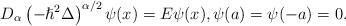
LaTeX: \begin{align*}D_{\alpha}\left( -\hslash^{2}\Delta\right) ^{\alpha/2}\psi(x)=E\psi(x),\psi(a)=\psi(-a)=0.\end{align*}